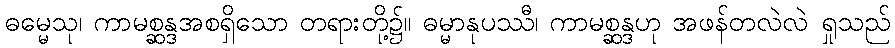
ဓမ္မေသု၊ ကာမစ္ဆန္ဒအစရှိသော တရားတို့၌။ ဓမ္မာနုပဿီ၊ ကာမစ္ဆန္ဒဟု အဖန်တလဲလဲ ရှုသည်